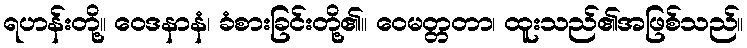
ရဟန်းတို့။ ဝေဒနာနံ၊ ခံစားခြင်းတို့၏။ ဝေမတ္တတာ၊ ထူးသည်၏အဖြစ်သည်။